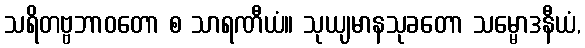
သရိတဗ္ဗဘာဝတော စ သာရဏီယံ။ သုယျမာနသုခတော သမ္မောဒနီယံ,